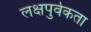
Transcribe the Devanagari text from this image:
लक्षपुर्वकता